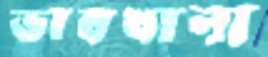
ভাবখানা